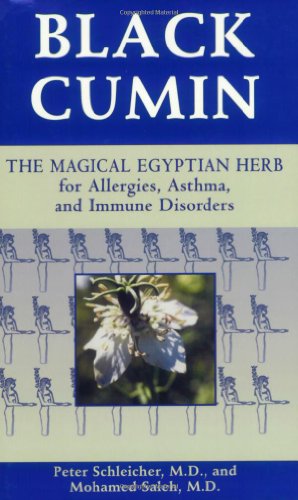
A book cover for Black Cumin: The Magical Egyptian Herb for Allergies, Asthma, Skin Conditions, and Immune Disorders; Peter Schleicher; Health, Fitness & Dieting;